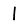
Digit: 1